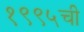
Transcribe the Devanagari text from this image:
१९९५ची